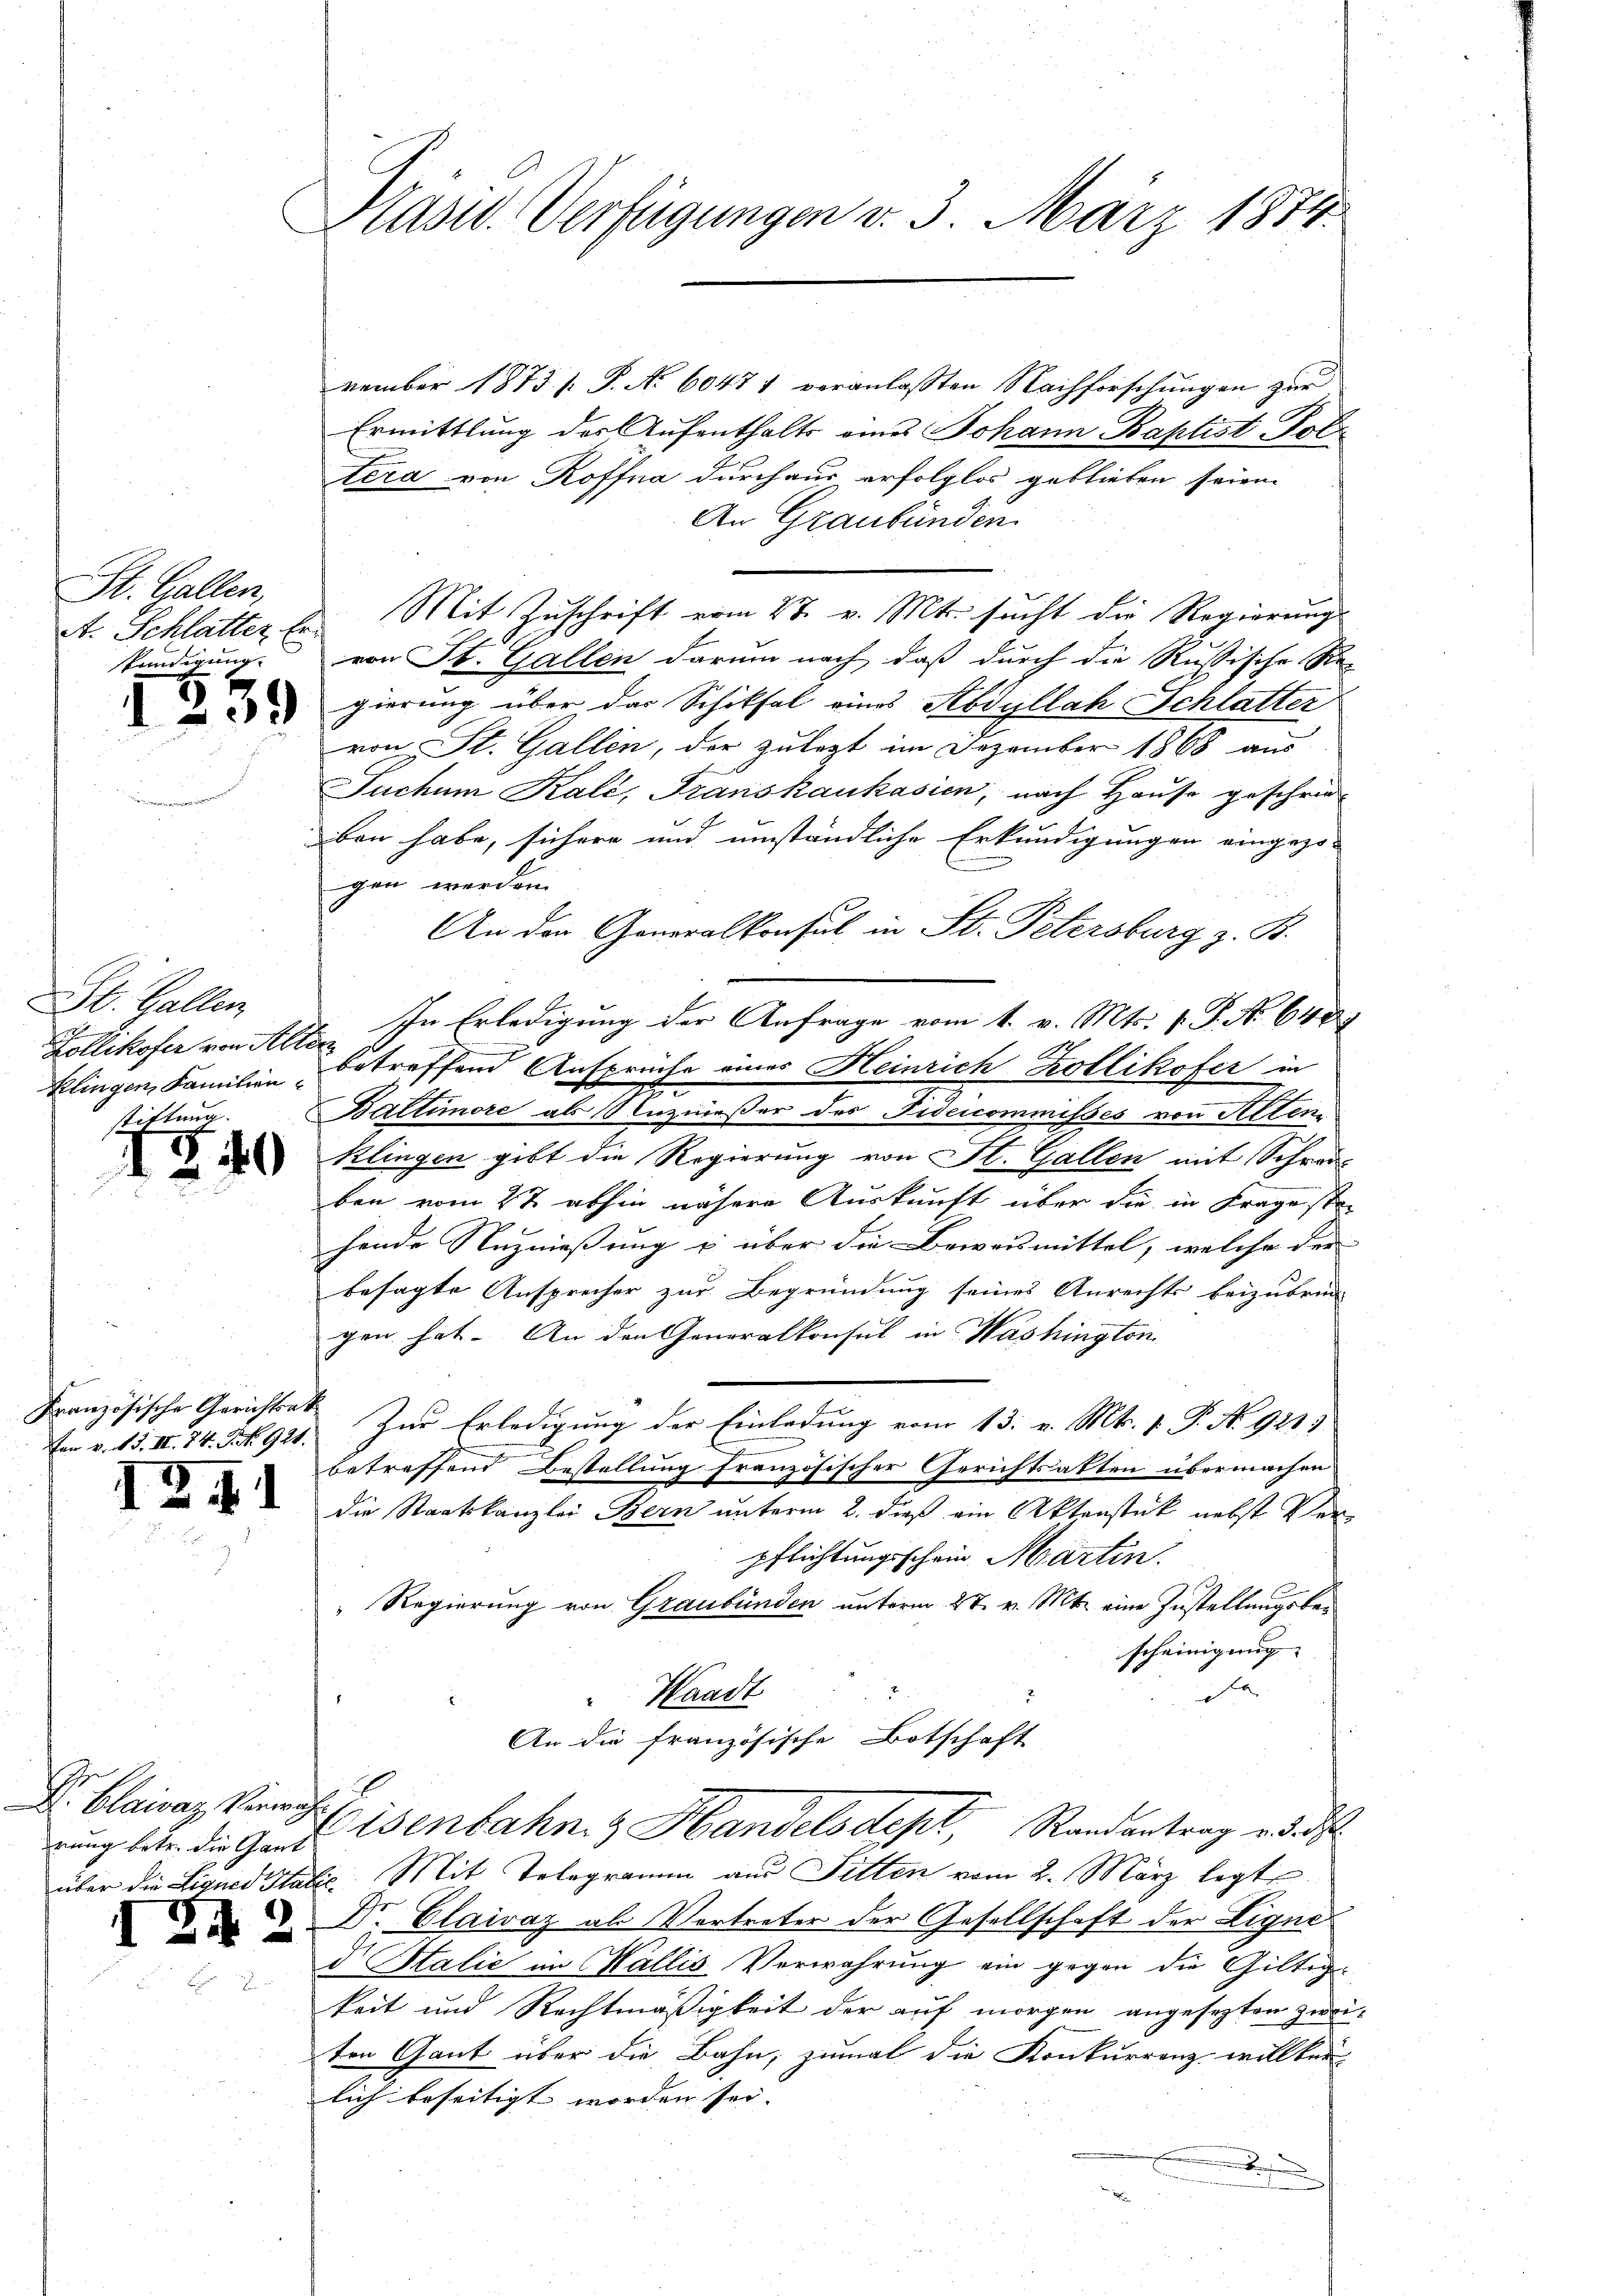
St. Gallen,
kendigung.

St. Gallen
2
Zollikofer von Alten

12

840

239

fer v. M. II. 74. S. 921.

.

Plast. Verfügungen v. 3. März 1874.

Dr. Blaivaz Verwang

vember 1873 / P. Nr. 60471 veranlassten Nachforschungen zur
Ermittlung des Aufenthalts eines Johann Baptist Foltera von Roffna durchaus erfolglos geblieben seien.
An Graubünden.
St. Schlatter le Mit Zuschrift vom 27. v. Mts. sucht die Regierung
von St. Gallen darum nach, daß durch die Russische Re-
gierung über das Schiksal eines Rodyllah Schlatter
von St. Gallen, der zulegt im Dezember 1868 aus
Suchem Kali, Franskaukasien, nach Hause geschrie-
ben habe, sichere und umständliche Erkundigungen eingezo-
gen werden.
An der Generalkonsul in St. Petersburg z. B.
In Erledigung der Anfrage vom 1. v. Mts. v. P. No 640
klingen Familien betreffend Ansprüche einer Heinrich Kollikofer in
tittung. Baltimore als Unzweser des Fideicommisses von Alten
klingen gibt die Regierung von St. Gallen mit Schra
ben vom 27. abhin nähere Auskunft über die in Frage ste-
hende Reznießung u über die Beweismittel, welche der
besagte Ansprecher zur Begründung seines Anrechts beizubruc
gen hat. An den Generalkonsul in Washington
Französische Gerichtet zur Erledigung der Einladung vom 13. v. Mts. 1. P. No. 921
betreffend Bestellung französischer Gerichtsatten übermachen
die Staatskanzlei Bern unterm 2. dieß ein Aktenstück nebst Verpflichtungsschein Martin.
" Regierung von Graubünden unterm 27. v. Mts. eine Zustellungsbescheinigung
|
Waadt
An die französische Botschaft
rung betr. die Gattenbahn & Handelsdept, Randantrag des
über die Lignes Statie Mit Telegramm aŭs Fitten vom 2. März legt
 . Dr. Claivaz als Vertreter der Gesellschaft der Liquid Italić im Wallis Verwahrung ein gegen die Giltigkeit und Rechtmäßigkeit der auf morgen angesezten Zweiten Gant über die Bahn, zumal die Konkurrenz willker
lich beseitigt worden sei. |
s